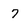
Character: 7